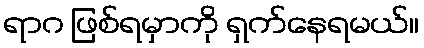
ရာဂ ဖြစ်ရမှာကို ရှက်နေရမယ်။